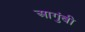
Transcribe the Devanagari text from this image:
आगुंबी